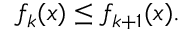
f _ { k } ( x ) \leq f _ { k + 1 } ( x ) .